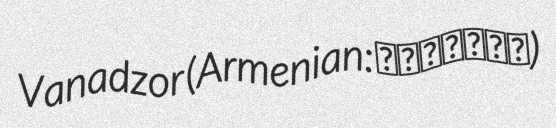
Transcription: Vanadzor (Armenian: Վանաձոր)